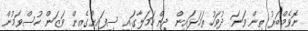
ނޮވެމްބަރު ތިން ވަނަ ދުވަހު ތަމަޅައިން ދިން ހަމަލާގައި ސިފައިންގެއިން ވަޒަން ހުސްވަމުން